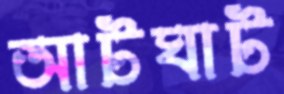
আটঘাট